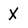
Character: X